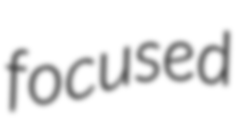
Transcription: focused